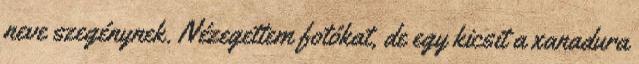
neve szegénynek. Nézegettem fotókat, de egy kicsit a xanadura